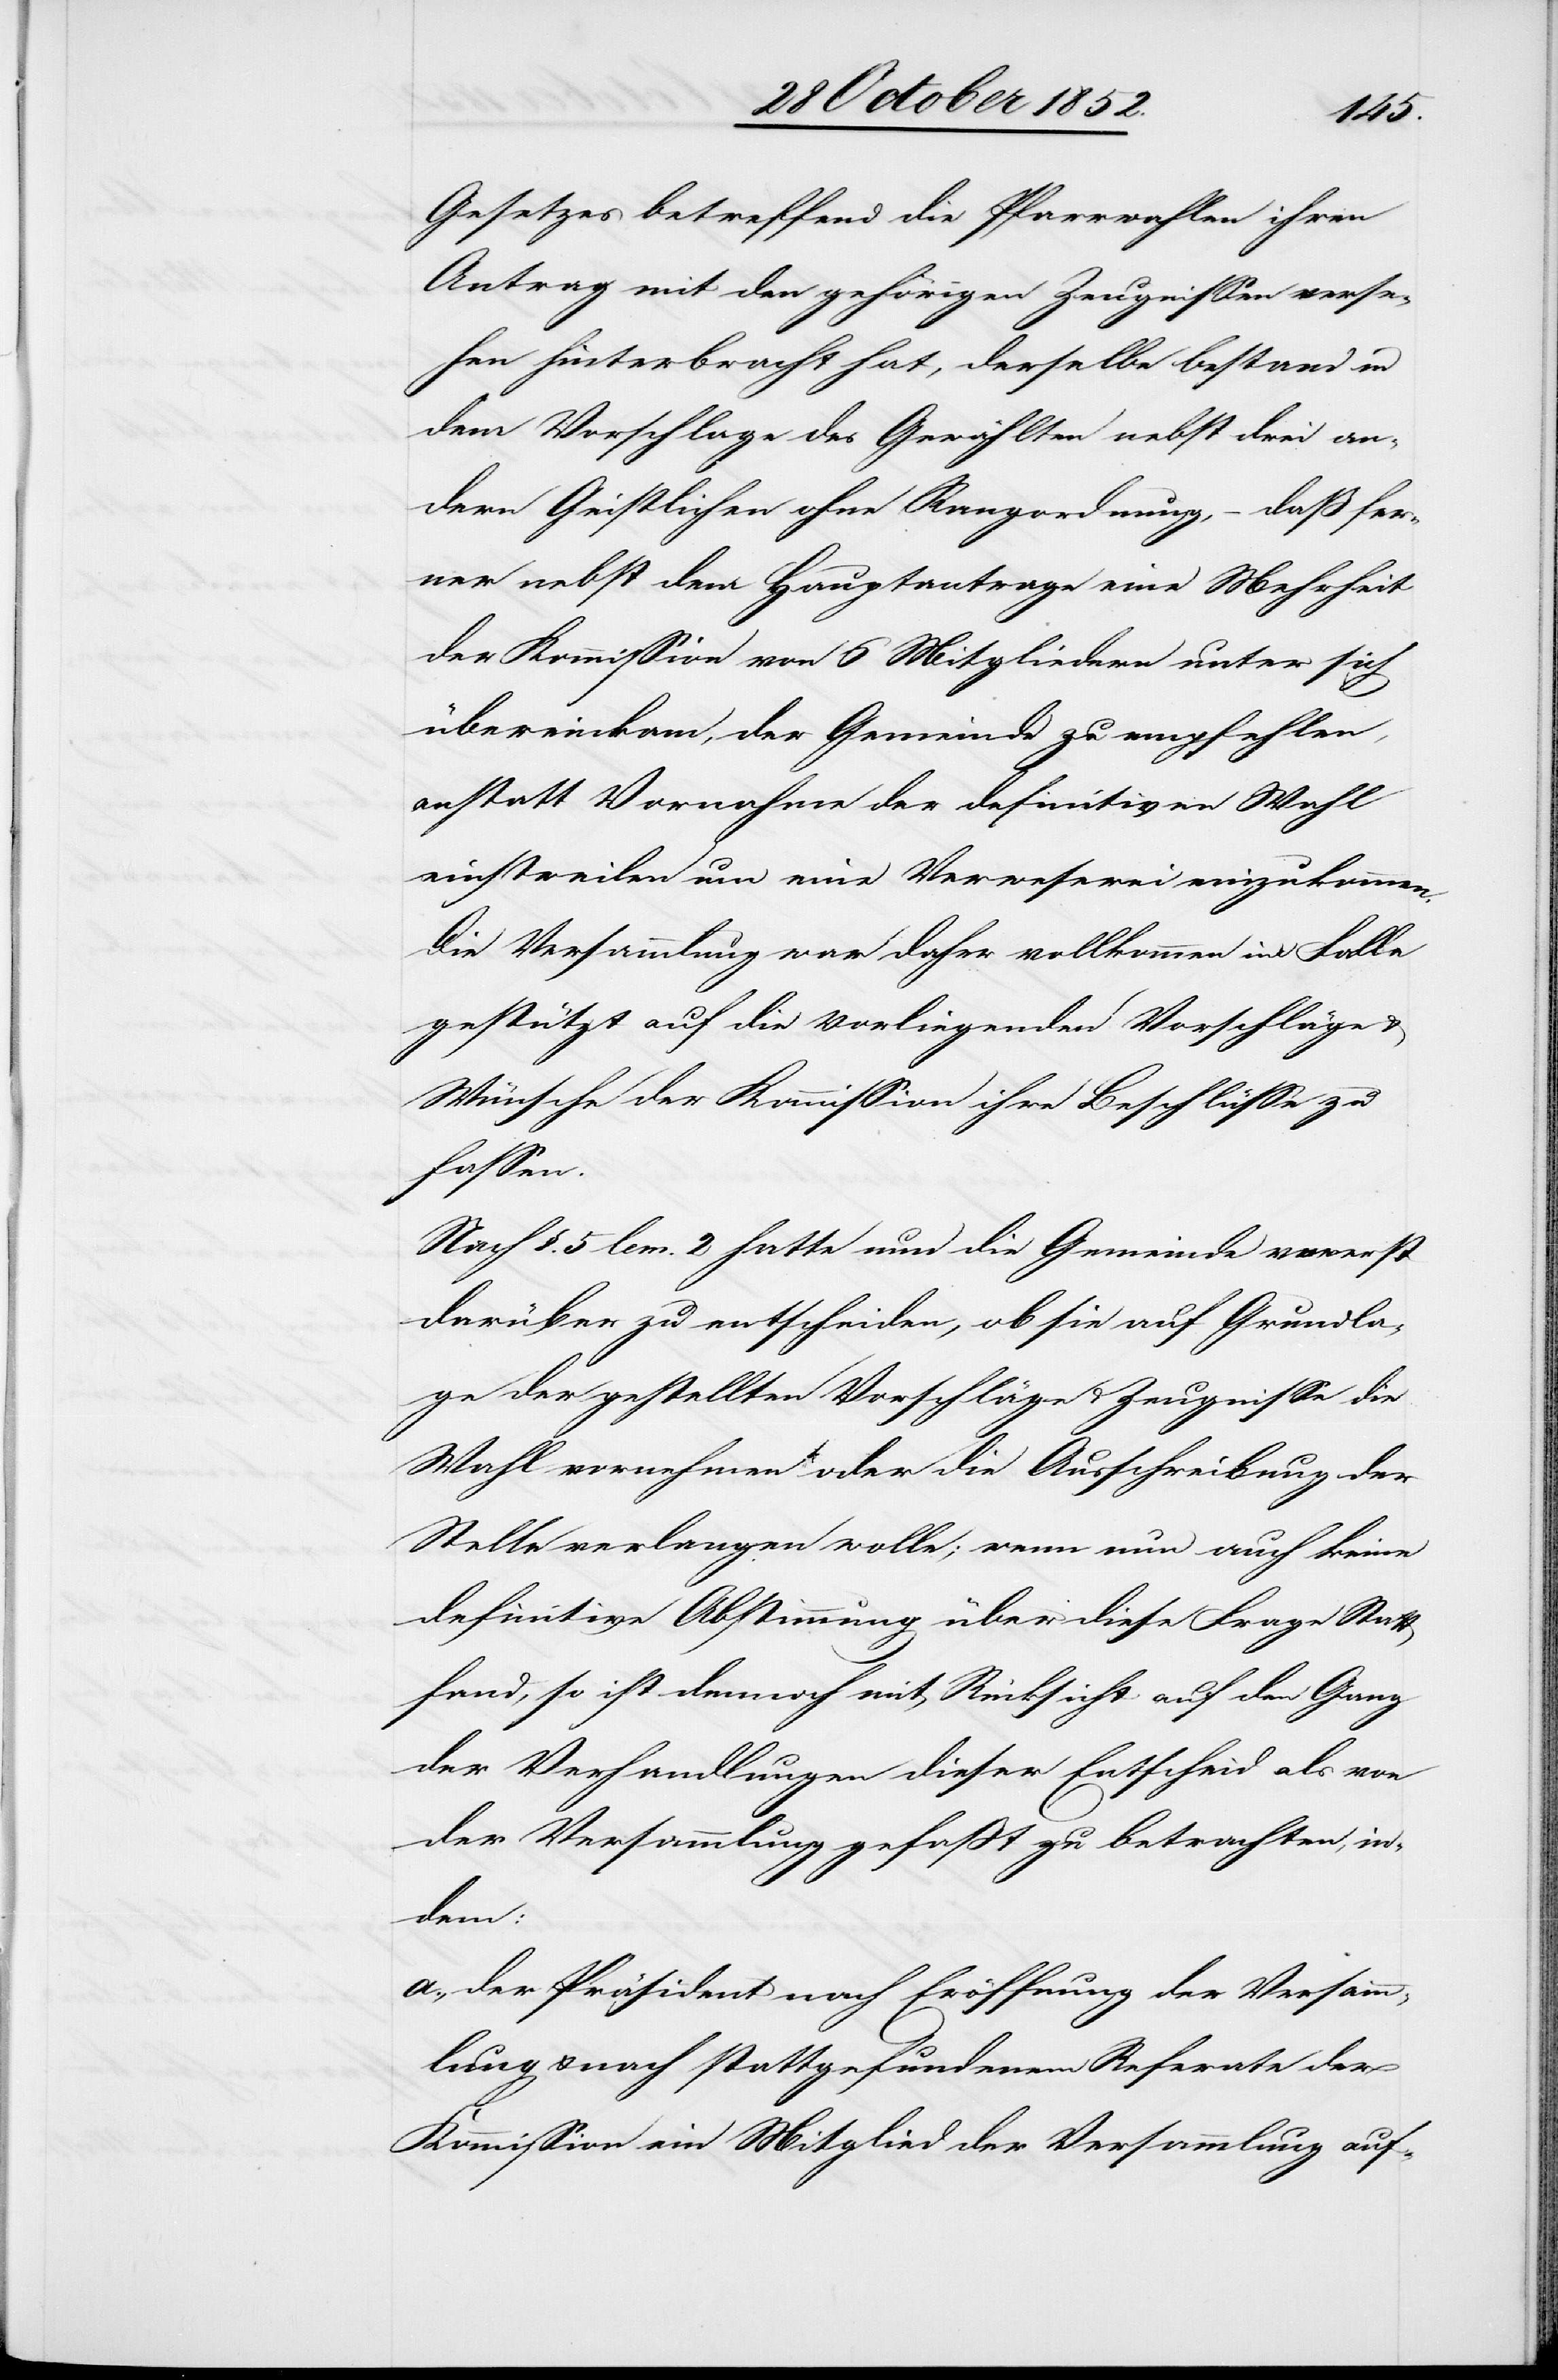
Gesetzes betreffend die Pfarrwahlen ihren
Antrag mit den gehörigen Zeugnissen verse¬
hen hinterbracht hat, derselbe bestand in
dem Vorschlage des Gewählten nebst drei an¬
dern Geistlichen ohne Rangordnung, – daß fer¬
ner nebst dem Hauptantrage eine Mehrheit
der Kommission von 6 Mitgliedern unter sich
übereinkam, der Gemeinde zu empfehlen,
anstatt Vornahme der definitiven Wahl
einstweilen um eine Verweserei einzukommen.
Die Versammlung war daher vollkommen im Falle
gestützt auf die vorliegenden Vorschläge
Wünsche der Kommission ihre Beschlüsse zu
fassen.
Nach §. 5 lem. 2 hatte nun die Gemeinde vorerst
darüber zu entscheiden, ob sie auf Grundla¬
ge der gestellten Vorschläge & Zeugnisse die
Wahl vornehmen oder die Ausschreibung der
Stelle verlangen wolle; wenn nun auch keine
definitive Abstimmung über diese Frage Statt
fand, so ist dennoch mit Rücksicht auf den Gang
der Verhandlungen dieser Entscheid als von
der Versammlung gefaßt zu betrachten, in¬
dem:
a., der Präsident nach Eröffnung der Versamm¬
lung & nach stattgefundenem Referate der
Kommission ein Mitglied der Versammlung auf-